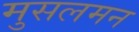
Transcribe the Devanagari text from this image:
मुसलमन